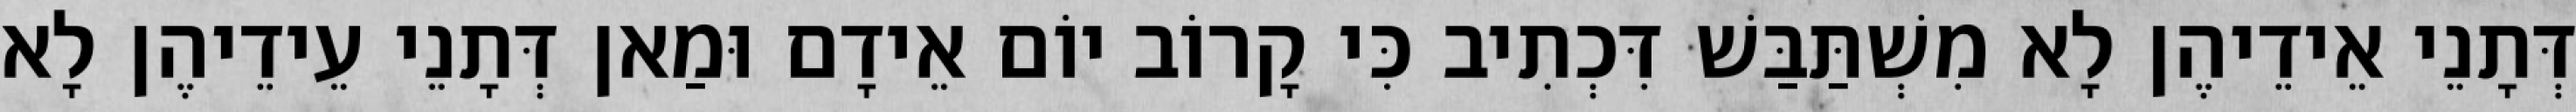
דְּתָנֵי אֵידֵיהֶן לָא מִשְׁתַּבַּשׁ דִּכְתִיב כִּי קָרוֹב יוֹם אֵידָם וּמַאן דְּתָנֵי עֵידֵיהֶן לָא